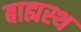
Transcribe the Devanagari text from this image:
बाह्यस्थ